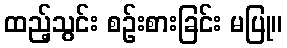
ထည့်သွင်း စဉ်းစားခြင်း မပြု။